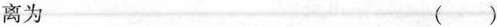
离为 ( )